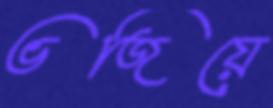
ভজিয়ে